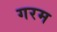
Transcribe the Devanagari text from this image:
गरम